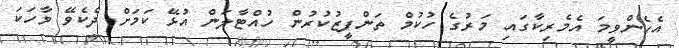
އެހެންވީމަ އެމެރިކާގައި މަރުގެ ހުކުމް ތަންފީޒުކުރުން ހުއްޓާލަން އުޅޭ ކަމަށް ދެކެވޭ ވާހަކަ